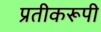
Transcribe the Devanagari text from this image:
प्रतीकरूपी